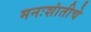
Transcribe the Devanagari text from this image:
मनःशांतीचे